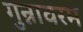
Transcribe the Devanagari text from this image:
गुन्नावरम